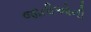
જાતીઓની